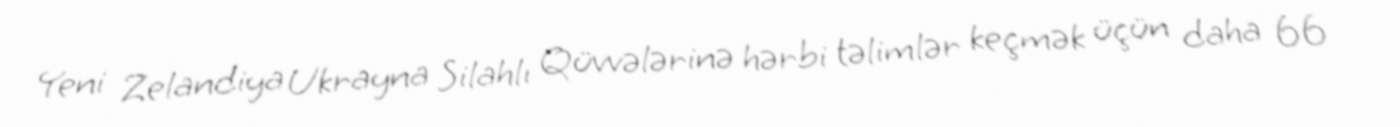
Yeni Zelandiya Ukrayna Silahlı Qüvvələrinə hərbi təlimlər keçmək üçün daha 66